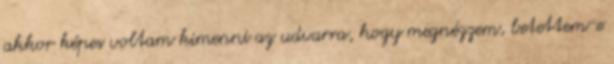
akkor képes voltam kimenni az udvarra, hogy megnézzem, betettem-e